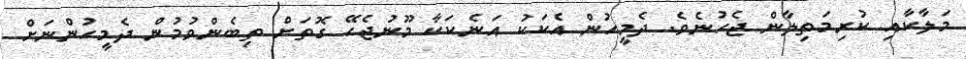
މަލާކާއި ކުރިމަތިލާން ޖެހުނެވެ. ދެމީހުން އެކަކު އަނެކަކާ މޫނުޖެހޭ ގޮތަށް ތިބެންވުމުން ދެމީހުންނަށް